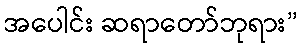
အပေါင်း ဆရာတော်ဘုရား”